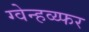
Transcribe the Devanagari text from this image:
ग्वेन्हव्य्फर